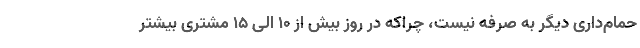
حمام‌داری دیگر به صرفه نیست، چراکه در روز بیش از ۱۰ الی ۱۵ مشتری بیشتر